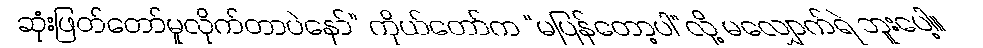
ဆုံးဖြတ်တော်မူလိုက်တာပဲနော်” ကိုယ်တော်က “မပြန်တော့ပါ”လို့ မလျှောက်ရဲ ဘူးပေါ့။